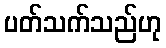
ပတ်သက်သည်ဟု